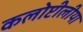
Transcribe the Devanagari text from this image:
कलोप्टीलीया